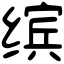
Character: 缤